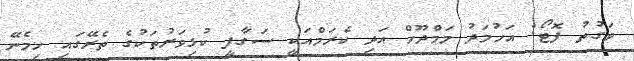
ވަގުތު ފޮޓޯ: އަހުމަދު މަމްދޫހް އަދި ކެރަމްއަކީ ސަގާފީ ކުޅިވަރުތަކުގެ ތެރޭގައި ހިމެނޭ